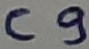
Text: C9